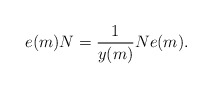
\begin{align*} e(m) N = \frac{1}{y(m)} N e(m).\end{align*}